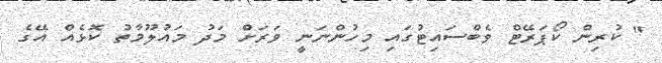
" ކުރިން ކޯޕަރޭޓް ވެބްސައިޓުގައި މިހުންނަނީ ވަރަށް މަދު މައުލޫމާތު ކޮޅެއް އޭގެ